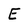
Character: E